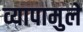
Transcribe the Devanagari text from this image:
व्यापामुले